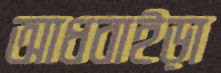
আধবাইড়া